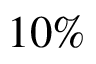
1 0 \%